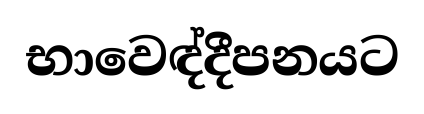
භාවෙඳ්දීපනයට